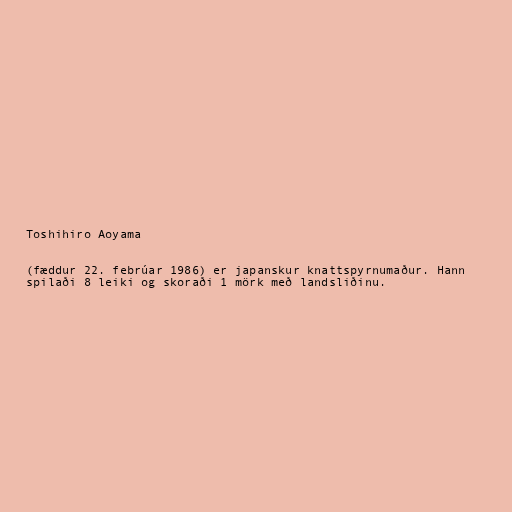
Toshihiro Aoyama

(fæddur 22. febrúar 1986) er japanskur knattspyrnumaður. Hann
spilaði 8 leiki og skoraði 1 mörk með landsliðinu.